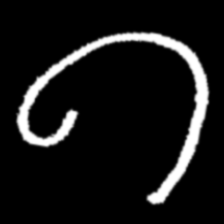
Pyu character \u2014 Myanmar letter: ဂ (romanized: ga)